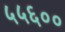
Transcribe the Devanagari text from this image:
५५६००